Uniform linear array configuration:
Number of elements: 4
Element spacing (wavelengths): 0.75
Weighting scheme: blackman
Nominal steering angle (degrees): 0
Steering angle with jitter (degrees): -1.191
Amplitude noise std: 0.05
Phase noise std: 0.05

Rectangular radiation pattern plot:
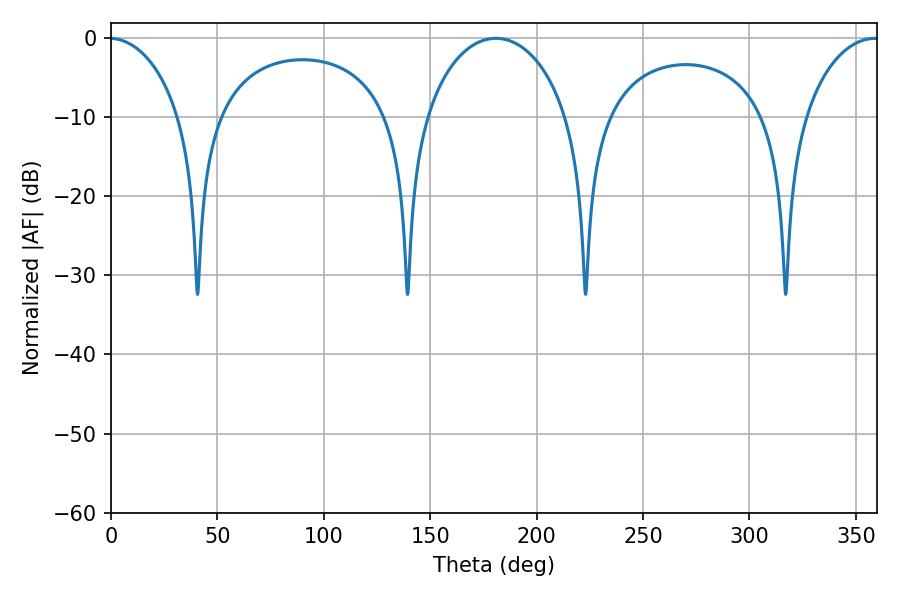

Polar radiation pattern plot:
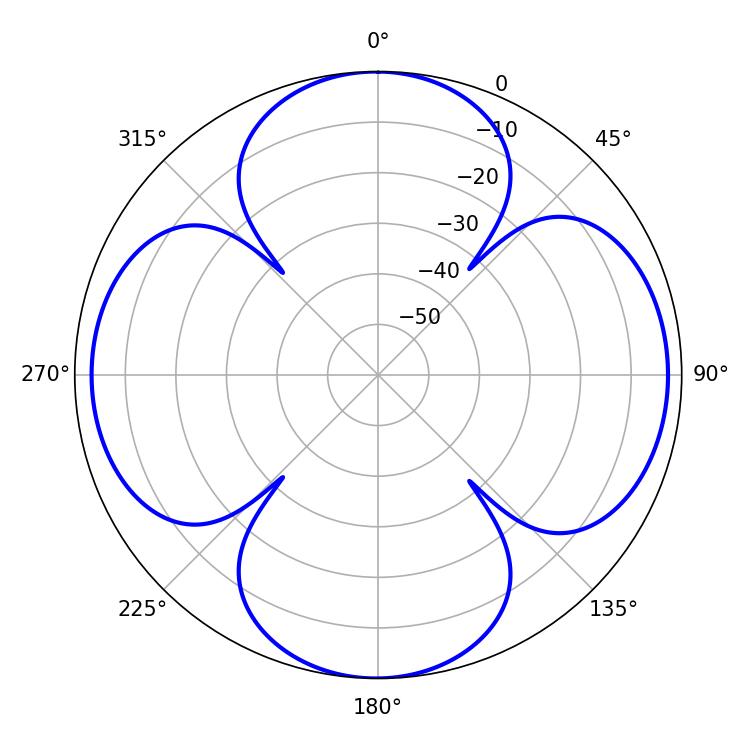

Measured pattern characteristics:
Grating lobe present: TRUE
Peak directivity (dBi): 15.011
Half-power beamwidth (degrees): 20.34
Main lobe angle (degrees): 359.1